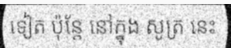
ទៀត ប៉ុន្តែ នៅក្នុង សូត្រ នេះ